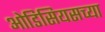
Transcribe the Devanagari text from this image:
ओडिसियसच्या